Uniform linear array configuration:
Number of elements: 4
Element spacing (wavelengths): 0.75
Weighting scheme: hann
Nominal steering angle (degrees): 30
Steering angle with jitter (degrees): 29.978
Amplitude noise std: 0.05
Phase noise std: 0.05

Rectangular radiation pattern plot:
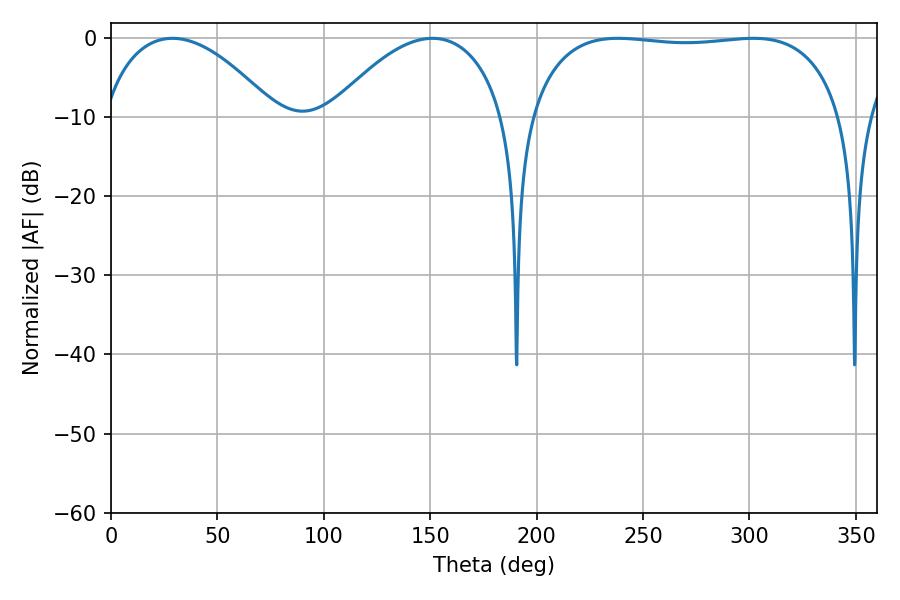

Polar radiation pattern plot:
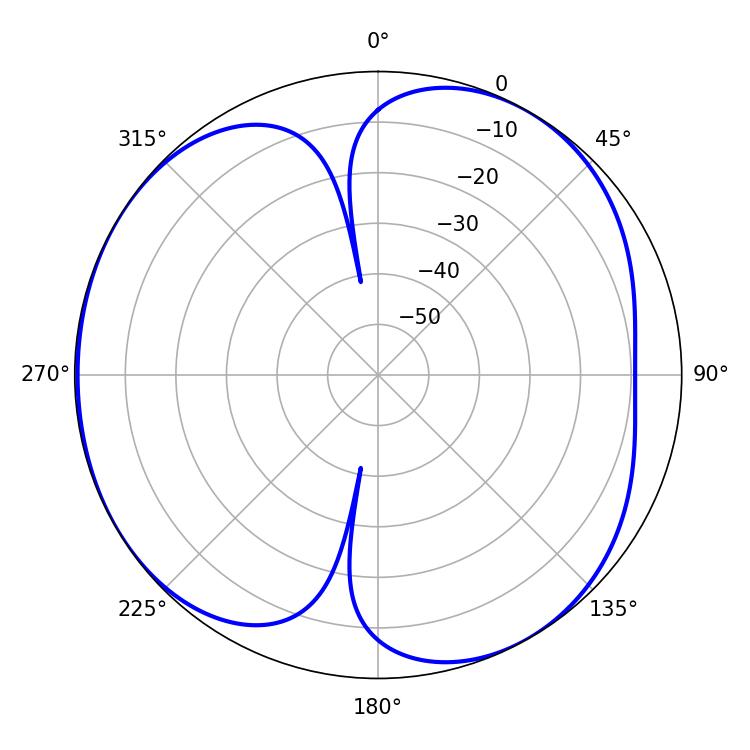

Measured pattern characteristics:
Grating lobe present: TRUE
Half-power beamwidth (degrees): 117.72
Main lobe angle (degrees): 238.14